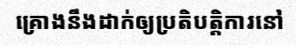
គ្រោងនឹងដាក់ឲ្យប្រតិបត្តិការនៅ